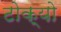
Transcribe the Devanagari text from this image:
टोक्‍यो